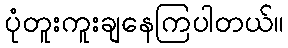
ပုံတူးကူးချနေကြပါတယ်။